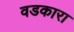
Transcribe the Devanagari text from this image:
वडकारा